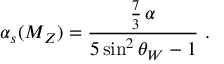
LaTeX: \alpha _ { s } ( M _ { Z } ) = { \frac { { \frac { 7 } { 3 } } \, \alpha } { 5 \sin ^ { 2 } \theta _ { W } - 1 } } \ .